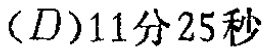
$(D)11\text{分}25\text{秒}$